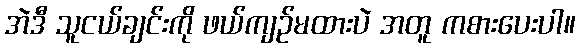
အဲဒီ သူငယ်ချင်းကို ဖယ်ကျဉ်မထားပဲ အတူ ကစားပေးပါ။